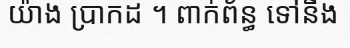
យ៉ាង ប្រាកដ ។ ពាក់ព័ន្ធ ទៅនឹង